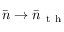
\bar { n } \rightarrow \bar { n } _ { \mathrm { ~ t ~ h ~ } }